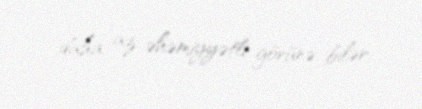
daha az əhəmiyyətli görünə bilər.